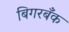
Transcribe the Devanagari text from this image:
बिगरबँक